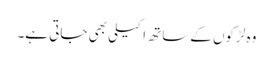
وہ لڑکوں کےساتھ اکیلی بھی جاتی ہے۔